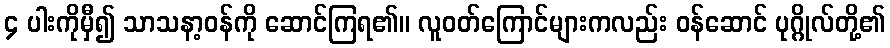
၄ ပါးကိုမှီ၍ သာသနာ့ဝန်ကို ဆောင်ကြရ၏။ လူဝတ်ကြောင်များကလည်း ဝန်ဆောင် ပုဂ္ဂိုလ်တို့၏